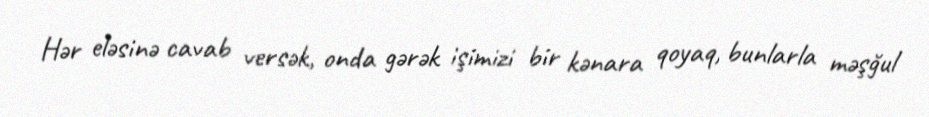
Hər eləsinə cavab versək, onda gərək işimizi bir kənara qoyaq, bunlarla məşğul